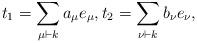
LaTeX: \begin{align*} t_1 = \sum_{\mu \vdash k} a_\mu e_\mu, t_2 = \sum_{\nu \vdash k} b_\nu e_\nu, \end{align*}